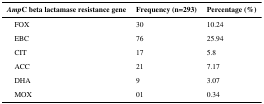
| AmpC beta lactamase resistance gene | Frequency (n=293) | Percentage (%) |
 | --- | --- | --- |
 | FOX | 30 | 10.24 |
 | EBC | 76 | 25.94 |
 | CIT | 17 | 5.8 |
 | ACC | 21 | 7.17 |
 | DHA | 9 | 3.07 |
 | MOX | 01 | 0.34 |